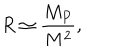
R \simeq \frac { M _ { P } } { M ^ { 2 } } ,